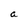
Character: a